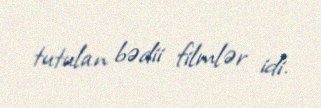
tutulan bədii filmlər idi.